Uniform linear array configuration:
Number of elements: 8
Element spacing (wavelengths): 0.75
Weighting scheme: uniform
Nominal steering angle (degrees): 30
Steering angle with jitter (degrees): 30.185
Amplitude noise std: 0.05
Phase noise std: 0.05

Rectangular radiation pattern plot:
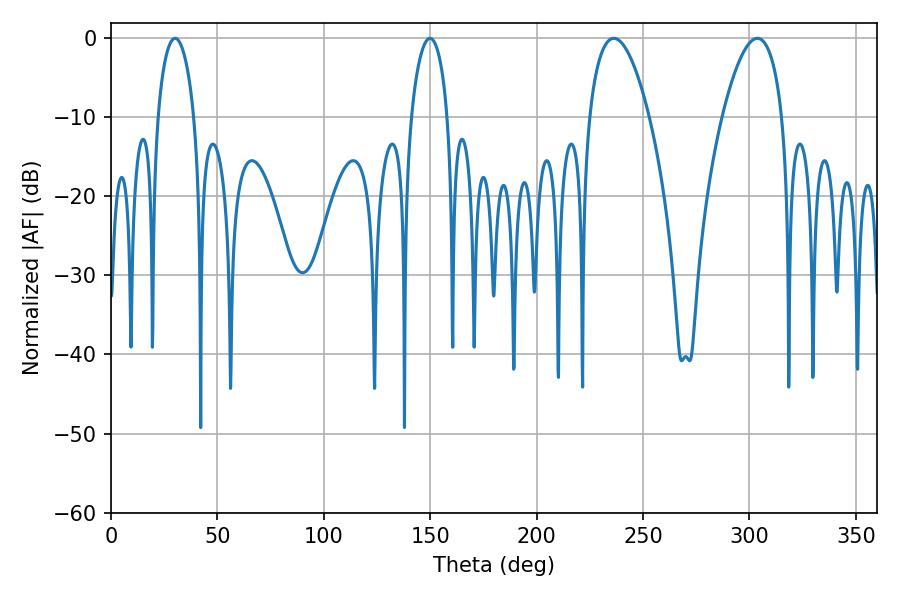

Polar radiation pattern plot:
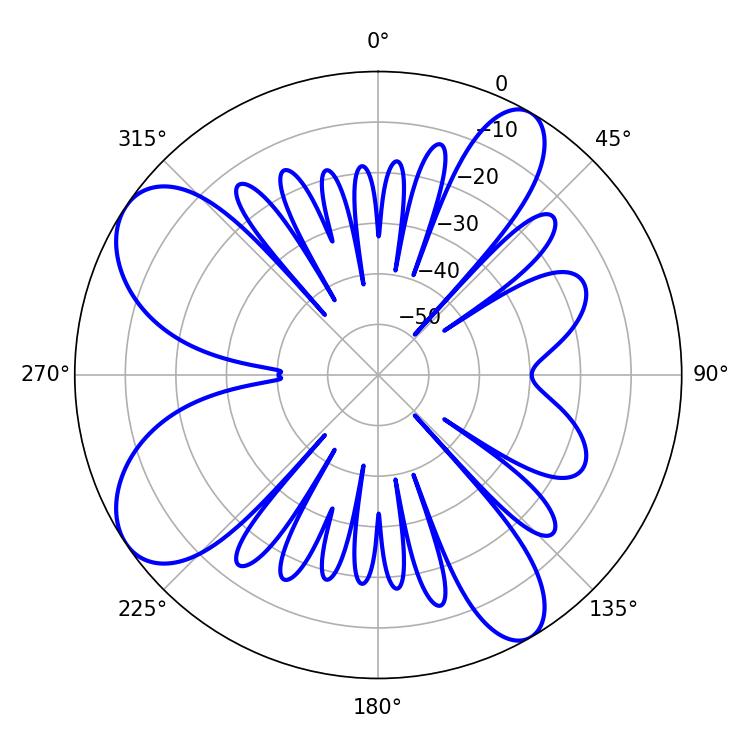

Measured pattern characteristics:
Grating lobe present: TRUE
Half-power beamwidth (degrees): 15.66
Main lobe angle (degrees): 236.34